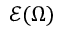
\mathcal E ( \Omega )